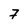
Character: 7